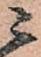
ニ